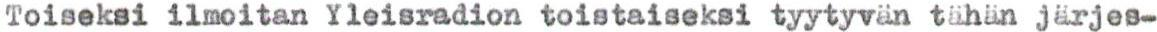
Toiseksi ilmoitan Yleisradion toistaiseksi tyytyvän tähän järjes-